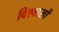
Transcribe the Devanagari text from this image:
विश्‍वासों